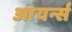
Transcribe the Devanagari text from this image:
आयर्न्स